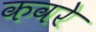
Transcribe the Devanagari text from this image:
कवरे